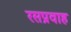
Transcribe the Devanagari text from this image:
रसप्रवाह